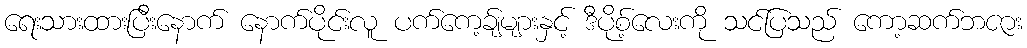
ရေးသားထားပြီးနောက် နောက်ပိုင်းလူ ပက်ကေ့ခ်ျများနှင့် ဒီပိုစ့်လေးကို သင်ပြသည် ကော့ဆက်ဘဇား